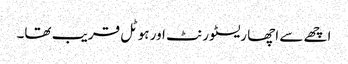
اچھے سے اچھا ریسٹورنٹ اور ہوٹل قریب تھا۔